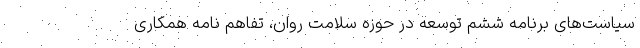
سیاست‌های برنامه ششم توسعه در حوزه سلامت روان، تفاهم نامه همکاری